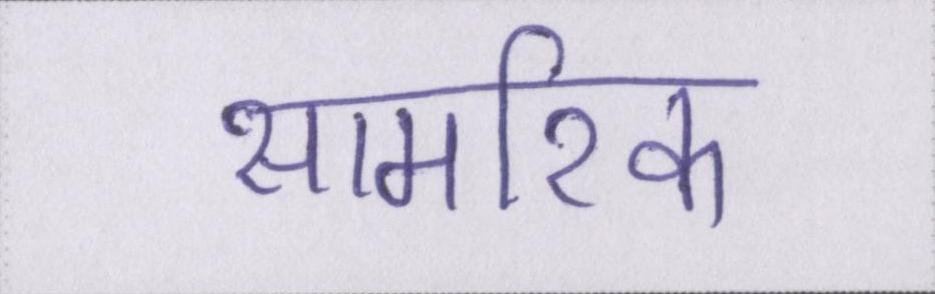
सामरिक